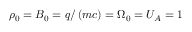
\rho _ { 0 } = B _ { 0 } = q / \left( m c \right) = \Omega _ { 0 } = U _ { A } = 1